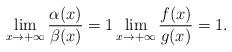
LaTeX: \begin{align*}\lim_{x\to+\infty} \frac{\alpha(x)}{\beta(x)} = 1 \lim_{x\to+\infty} \frac{f(x)}{g(x)} = 1.\end{align*}